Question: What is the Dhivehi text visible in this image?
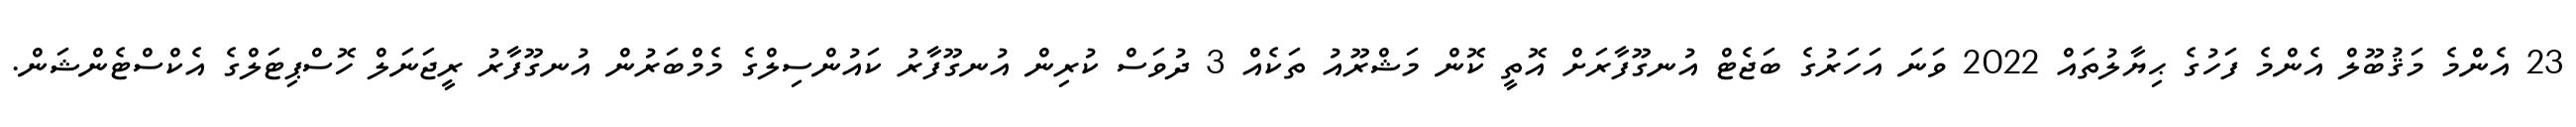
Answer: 23 އެންމެ މަޤުބޫލް އެންމެ ފަހުގެ ޙިޔާލުތައް 2022 ވަނަ އަހަރުގެ ބަޖެޓް އުނގޫފާރަށް އޮތީ ކޮން މަޝްރޫއު ތަކެއް 3 ދުވަސް ކުރިން އުނގޫފާރު ކައުންސިލްގެ މެމްބަރުން އުނގޫފާރު ރީޖަނަލް ހޮސްޕިޓަލްގެ އެކްސްޓެންޝަން.